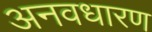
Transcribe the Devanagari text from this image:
अनवधारण